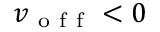
v _ { \mathrm { ~ o ~ f ~ f ~ } } < 0